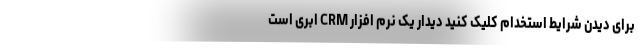
برای دیدن شرایط استخدام کلیک کنید دیدار یک نرم افزار CRM ابری است